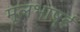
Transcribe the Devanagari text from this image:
मूलभाष्ई